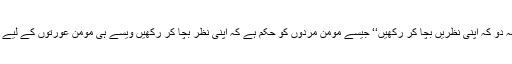
’’اور اے نبیؐ، مومن عورتوں سے کہہ دو کہ اپنی نظریں بچا کر رکھیں‘‘ جیسے مومن مردوں کو حکم ہے کہ اپنی نظر بچا کر رکھیں ویسے ہی مومن عورتوں کے لیے حکم ہے کہ اپنی نظر بچا کر رکھیں۔